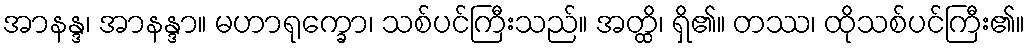
အာနန္ဒ၊ အာနန္ဒာ။ မဟာရုက္ခော၊ သစ်ပင်ကြီးသည်။ အတ္ထိ၊ ရှိ၏။ တဿ၊ ထိုသစ်ပင်ကြီး၏။